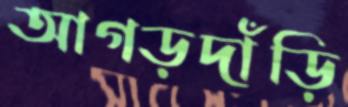
আগড়দাঁড়ি